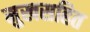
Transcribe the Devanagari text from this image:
मुखसहित